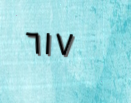
٦١٧